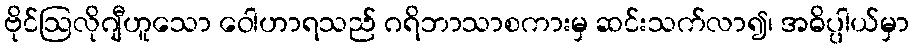
ဗိုင်ဩလိုဂျီဟူသော ဝေါဟာရသည် ဂရိဘာသာစကားမှ ဆင်းသက်လာ၍၊ အဓိပ္ပါယ်မှာ